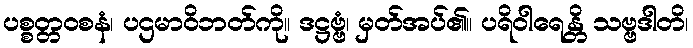
ပစ္စတ္တဝစနံ၊ ပဌမာဝိဘတ်ကို။ ဒဋ္ဌဗ္ဗံ၊ မှတ်အပ်၏။ ပရိဝါရေန္တိ သဗ္ဗဒါတိ၊